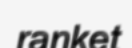
ranket